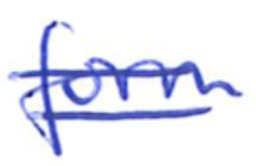
Text: form
Cross-out: double-line
Writing tool: ballpoint